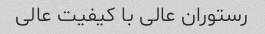
رستوران عالی با کیفیت عالی